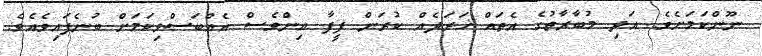
ނޫންކަމަށެވެ. އަދި މުބާރާތުގެ އެތައް ޚަރަދެއް ކުރަން ފީފާ އިންވެސް އެއްބަސްވިކަމަށް ބުނެފައިވެއެވެ.